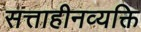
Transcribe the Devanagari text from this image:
सत्ताहीनव्यक्ति